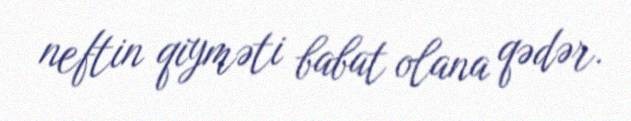
neftin qiyməti babat olana qədər.